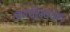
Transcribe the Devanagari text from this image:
कार्यान्‍वयन